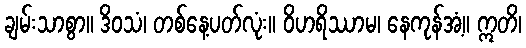
ချမ်းသာစွာ။ ဒိဝသံ၊ တစ်နေ့ပတ်လုံး။ ဝိဟရိဿာမ၊ နေကုန်အံ့။ ဣတိ၊